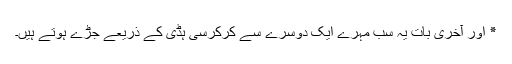
٭ اور آخری بات یہ سب مہرے ایک دوسرے سے کرکرسی ہڈی کے ذریعے جڑے ہوتے ہیں۔